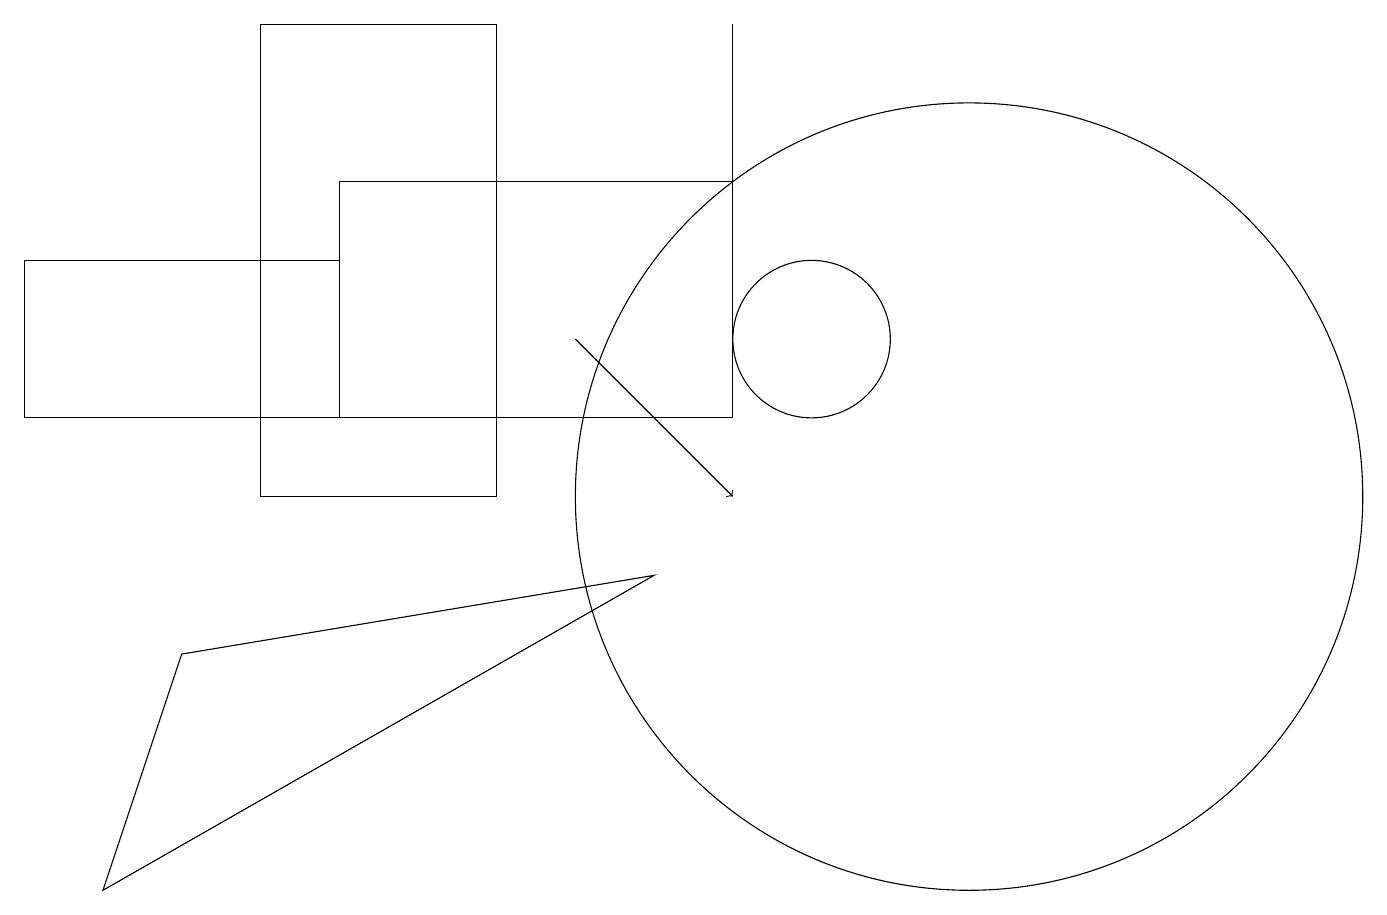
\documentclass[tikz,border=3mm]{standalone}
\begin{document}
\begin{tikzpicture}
\draw (0,13) rectangle (4,11);
\draw (8,9) -- (1,5) -- (2,8) -- cycle;
\draw (3,10) rectangle (6,16);
\draw (9,16) rectangle (9,13);
\draw (10,12) circle (1);
\draw (12,10) circle (5);
\draw[->] (7,12) -- (9,10);
\draw (9,14) rectangle (4,11);
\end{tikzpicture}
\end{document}